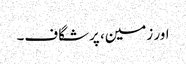
اور زمین، پرشگاف۔